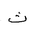
Letter: _tha